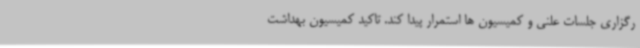
رگزاری جلسات علنی و کمیسیون ها استمرار پیدا کند. تاکید کمیسیون بهداشت